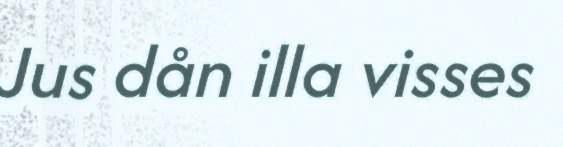
Jus dån illa visses